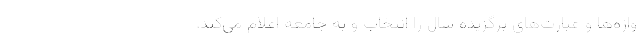
واژه‌ها و عبارت‌های برگزیده سال را انتخاب و به جامعه اعلام می‌کند.